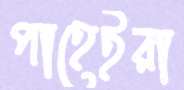
পাহেইরা